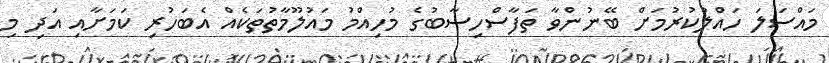
މައްސަލަ ހައްލުކުރުމަށް ބޭނުންވާ ތަފާސްހިސާބުގެ މުހިއްމު މައުލޫމާތުތަކެއް އެބަހުރި ކަމަށާއި އަދި މި